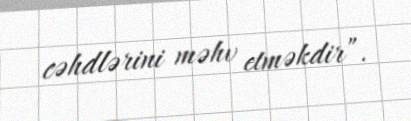
cəhdlərini məhv etməkdir”.